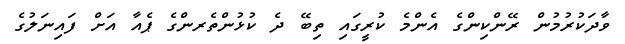
ވާދަކުރުމުން ރޭންކިންގެ އެންމެ ކުރީގައި ތިބޭ ދެ ކުޅުންތެރންގެ ޕެއާ އަށް ފައިނަލުގެ